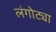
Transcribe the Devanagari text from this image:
लंगोट्या